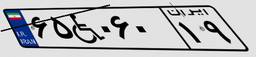
۶۵W۰۶۰۱۹